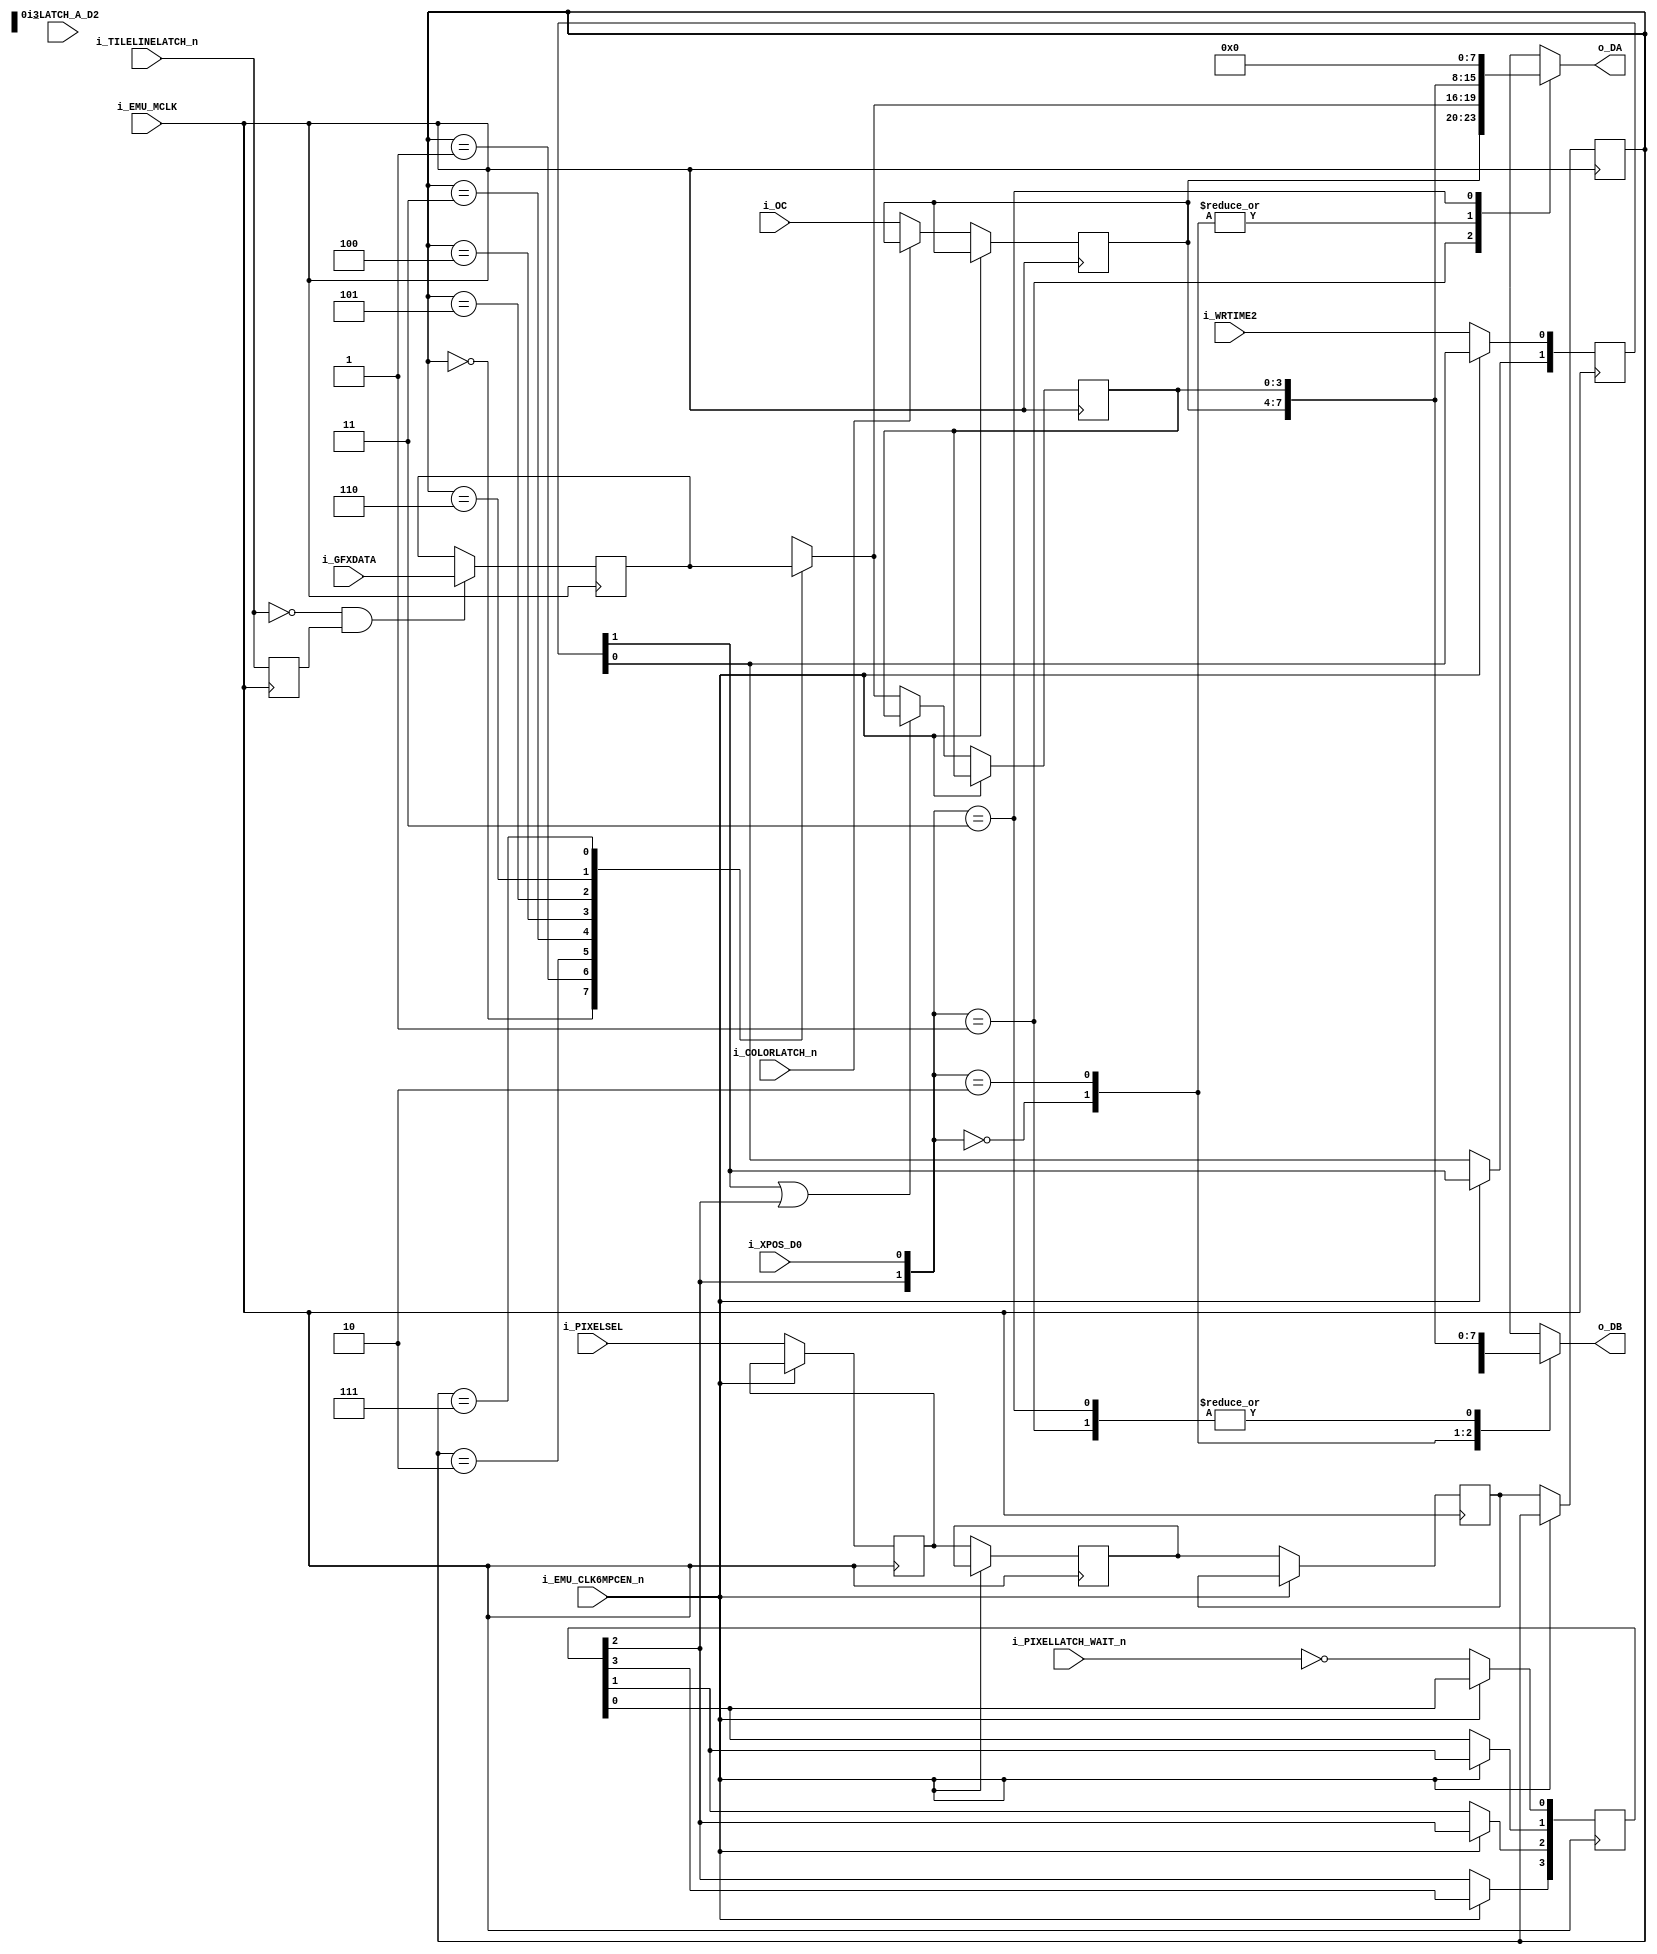
/*

FPGA compatible core of arcade hardware by LMN-san, OScherler, Raki.

This core is available for hardware compatible with MiSTer.
Other FPGA systems may be supported by the time you read this.
This work is not mantained by the MiSTer project. Please contact the
core authors for issues and updates.

(c) LMN-san, OScherler, Raki 20202023.

Support the authors:

       Raki: https://www.patreon.com/ikamusume
    LMN-san: https://ko-fi.com/lmnsan
  OScherler: https://ko-fi.com/oscherler

The authors do not endorse or participate in illegal distribution
of copyrighted material. This work can be used with legally
obtained ROM dumps of games or with homebrew software for
the arcade platform.

This file license is GNU GPLv3.
You can read the whole license file at http://www.gnu.org/licenses/

*/

//================================================================================
//  K005294 Sprite Latch/MUX
//  
//  December 06, 2021. Copyright  2021-2022 Raki @ bubsys85.net
//================================================================================

/*
435a0a6a 2021-12-06T15:03:44Z Complete sprite engine
cd271ce6 2021-12-07T06:19:25Z Fix an ambiguous timing problem
*/

`default_nettype none

module K005294
(
    input   wire            i_EMU_MCLK,
    input   wire            i_EMU_CLK6MPCEN_n,

    input   wire    [31:0]  i_GFXDATA,
    input   wire    [3:0]   i_OC,

    input   wire            i_TILELINELATCH_n,

    output  reg     [7:0]   o_DA,
    output  reg     [7:0]   o_DB,

    //005294 control signals
    input   wire            i_WRTIME2,
    input   wire            i_COLORLATCH_n,
    input   wire            i_XPOS_D0,
    input   wire            i_PIXELLATCH_WAIT_n,
    input   wire            i_LATCH_A_D2,
    input   wire    [2:0]   i_PIXELSEL
);



///////////////////////////////////////////////////////////
//////  COLORLATCH
////

//latches pixel palette data from VRAM
reg     [3:0]   OBJ_PALETTE;

always @(posedge i_EMU_MCLK)
begin
    if(!i_EMU_CLK6MPCEN_n)
    begin
        if(!i_COLORLATCH_n)
        begin
            OBJ_PALETTE <= i_OC;
        end
    end
end








///////////////////////////////////////////////////////////
//////  TILELINE LATCH
////

reg     [31:0]  OBJ_TILELINELATCH;
reg             TILELINELATCH_n_prev;

always @(posedge i_EMU_MCLK)
begin
    if(!i_TILELINELATCH_n & TILELINELATCH_n_prev) //posedge of px7
    begin
        OBJ_TILELINELATCH <= i_GFXDATA;
    end
    
    TILELINELATCH_n_prev <= i_TILELINELATCH_n;
end








///////////////////////////////////////////////////////////
//////  PIXEL SELECT / PIXELLATCH_WAIT / WRTIME2 DELAY
////

/*
    It's probably intended to delay DRAM writing until a
    new tile is copied from CHARRAM.

    What a Konami style mess!!
                  005295(internally)  ->  005294(internally)     total delay
    PIXELSEL           0clk dly               4clk dly         = 4clk delay
    WRTIME2            2clk dly               2clk dly         = 4clk delay
    PIXELLATCH_WAIT_n  1clk dly               3clk dly         = 4clk delay
*/

reg     [2:0]   pixelsel_dly_sr [3:0];
wire    [2:0]   pixelsel_dly;
reg     [1:0]   wrtime2_dly;
reg     [3:0]   pixellatch_wait_dly;

always @(posedge i_EMU_MCLK)
begin
    if(!i_EMU_CLK6MPCEN_n)
    begin
        pixelsel_dly_sr[0] <= i_PIXELSEL;
        pixelsel_dly_sr[1] <= pixelsel_dly_sr[0];
        pixelsel_dly_sr[2] <= pixelsel_dly_sr[1];
        pixelsel_dly_sr[3] <= pixelsel_dly_sr[2];
    end
end

assign pixelsel_dly = pixelsel_dly_sr[3];

always @(posedge i_EMU_MCLK)
begin
    if(!i_EMU_CLK6MPCEN_n)
    begin
        wrtime2_dly[0] <= i_WRTIME2;
        wrtime2_dly[1] <= wrtime2_dly[0];
    end
end


always @(posedge i_EMU_MCLK)
begin
    if(!i_EMU_CLK6MPCEN_n)
    begin
        pixellatch_wait_dly[0] <= ~i_PIXELLATCH_WAIT_n;
        pixellatch_wait_dly[1] <= pixellatch_wait_dly[0];
        pixellatch_wait_dly[2] <= pixellatch_wait_dly[1];
        pixellatch_wait_dly[3] <= pixellatch_wait_dly[2];
    end
end








///////////////////////////////////////////////////////////
//////  PIXEL SELECTOR AND PIXEL LATCH
////

wire            pixellatch_n = wrtime2_dly[1] | pixellatch_wait_dly[2];
reg     [3:0]   OBJ_PIXEL_LATCHED;
reg     [3:0]   OBJ_PIXEL_UNLATCHED;

always @(*)
begin
    case(pixelsel_dly)
        3'b000: OBJ_PIXEL_UNLATCHED <= OBJ_TILELINELATCH[31:28]; //pixel 0(A)
        3'b001: OBJ_PIXEL_UNLATCHED <= OBJ_TILELINELATCH[27:24]; //pixel 1(B)
        3'b010: OBJ_PIXEL_UNLATCHED <= OBJ_TILELINELATCH[23:20];
        3'b011: OBJ_PIXEL_UNLATCHED <= OBJ_TILELINELATCH[19:16];
        3'b100: OBJ_PIXEL_UNLATCHED <= OBJ_TILELINELATCH[15:12];
        3'b101: OBJ_PIXEL_UNLATCHED <= OBJ_TILELINELATCH[11:8];
        3'b110: OBJ_PIXEL_UNLATCHED <= OBJ_TILELINELATCH[7:4];
        3'b111: OBJ_PIXEL_UNLATCHED <= OBJ_TILELINELATCH[3:0];
    endcase
end

always @(posedge i_EMU_MCLK)
begin
    if(!i_EMU_CLK6MPCEN_n)
    begin
        if(!pixellatch_n)
        begin
            OBJ_PIXEL_LATCHED <= OBJ_PIXEL_UNLATCHED;
        end
    end
end







///////////////////////////////////////////////////////////
//////  DOUT MUX
////

always @(*)
begin
    case({pixellatch_wait_dly[2], i_XPOS_D0})
        2'b00: begin
            o_DA <= {OBJ_PALETTE, OBJ_PIXEL_LATCHED};
            o_DB <= {OBJ_PALETTE, OBJ_PIXEL_UNLATCHED};
        end
        2'b01: begin
            o_DA <= {OBJ_PALETTE, OBJ_PIXEL_UNLATCHED};
            o_DB <= {OBJ_PALETTE, OBJ_PIXEL_LATCHED};
        end
        2'b10: begin
            o_DA <= {OBJ_PALETTE, OBJ_PIXEL_LATCHED};
            o_DB <= {4'b0000, 4'b0000};
        end
        2'b11: begin
            o_DA <= {4'b0000, 4'b0000};
            o_DB <= {OBJ_PALETTE, OBJ_PIXEL_LATCHED};
        end
    endcase
end

endmodule